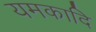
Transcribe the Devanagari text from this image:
यमकादि